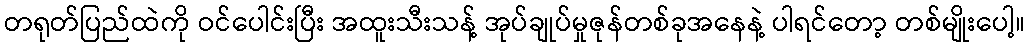
တရုတ်ပြည်ထဲကို ဝင်ပေါင်းပြီး အထူးသီးသန့် အုပ်ချုပ်မှုဇုန်တစ်ခုအနေနဲ့ ပါရင်တော့ တစ်မျိုးပေါ့။